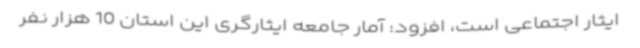
ایثار اجتماعی است، افزود: آمار جامعه ایثارگری این استان 10 هزار نفر